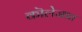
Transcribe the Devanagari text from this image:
कॊलेजात